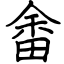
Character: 畬